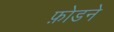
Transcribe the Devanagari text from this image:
फ़ोडने